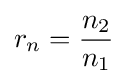
r_{n}={\frac {n_{2}}{n_{1}}}